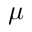
\mu